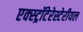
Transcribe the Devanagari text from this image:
एक्स्ट्रॉटेरेस्टेरीयल